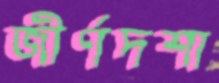
জীর্ণদশা